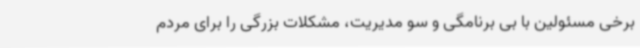
برخی مسئولین با بی برنامگی و سو مدیریت، مشکلات بزرگی را برای مردم